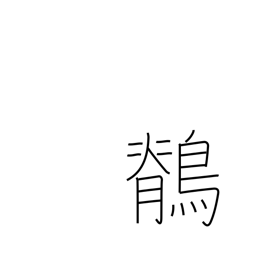
Meaning: wagtail